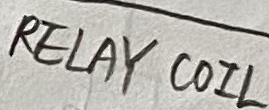
Text: RELAY COIL